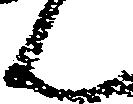
ん